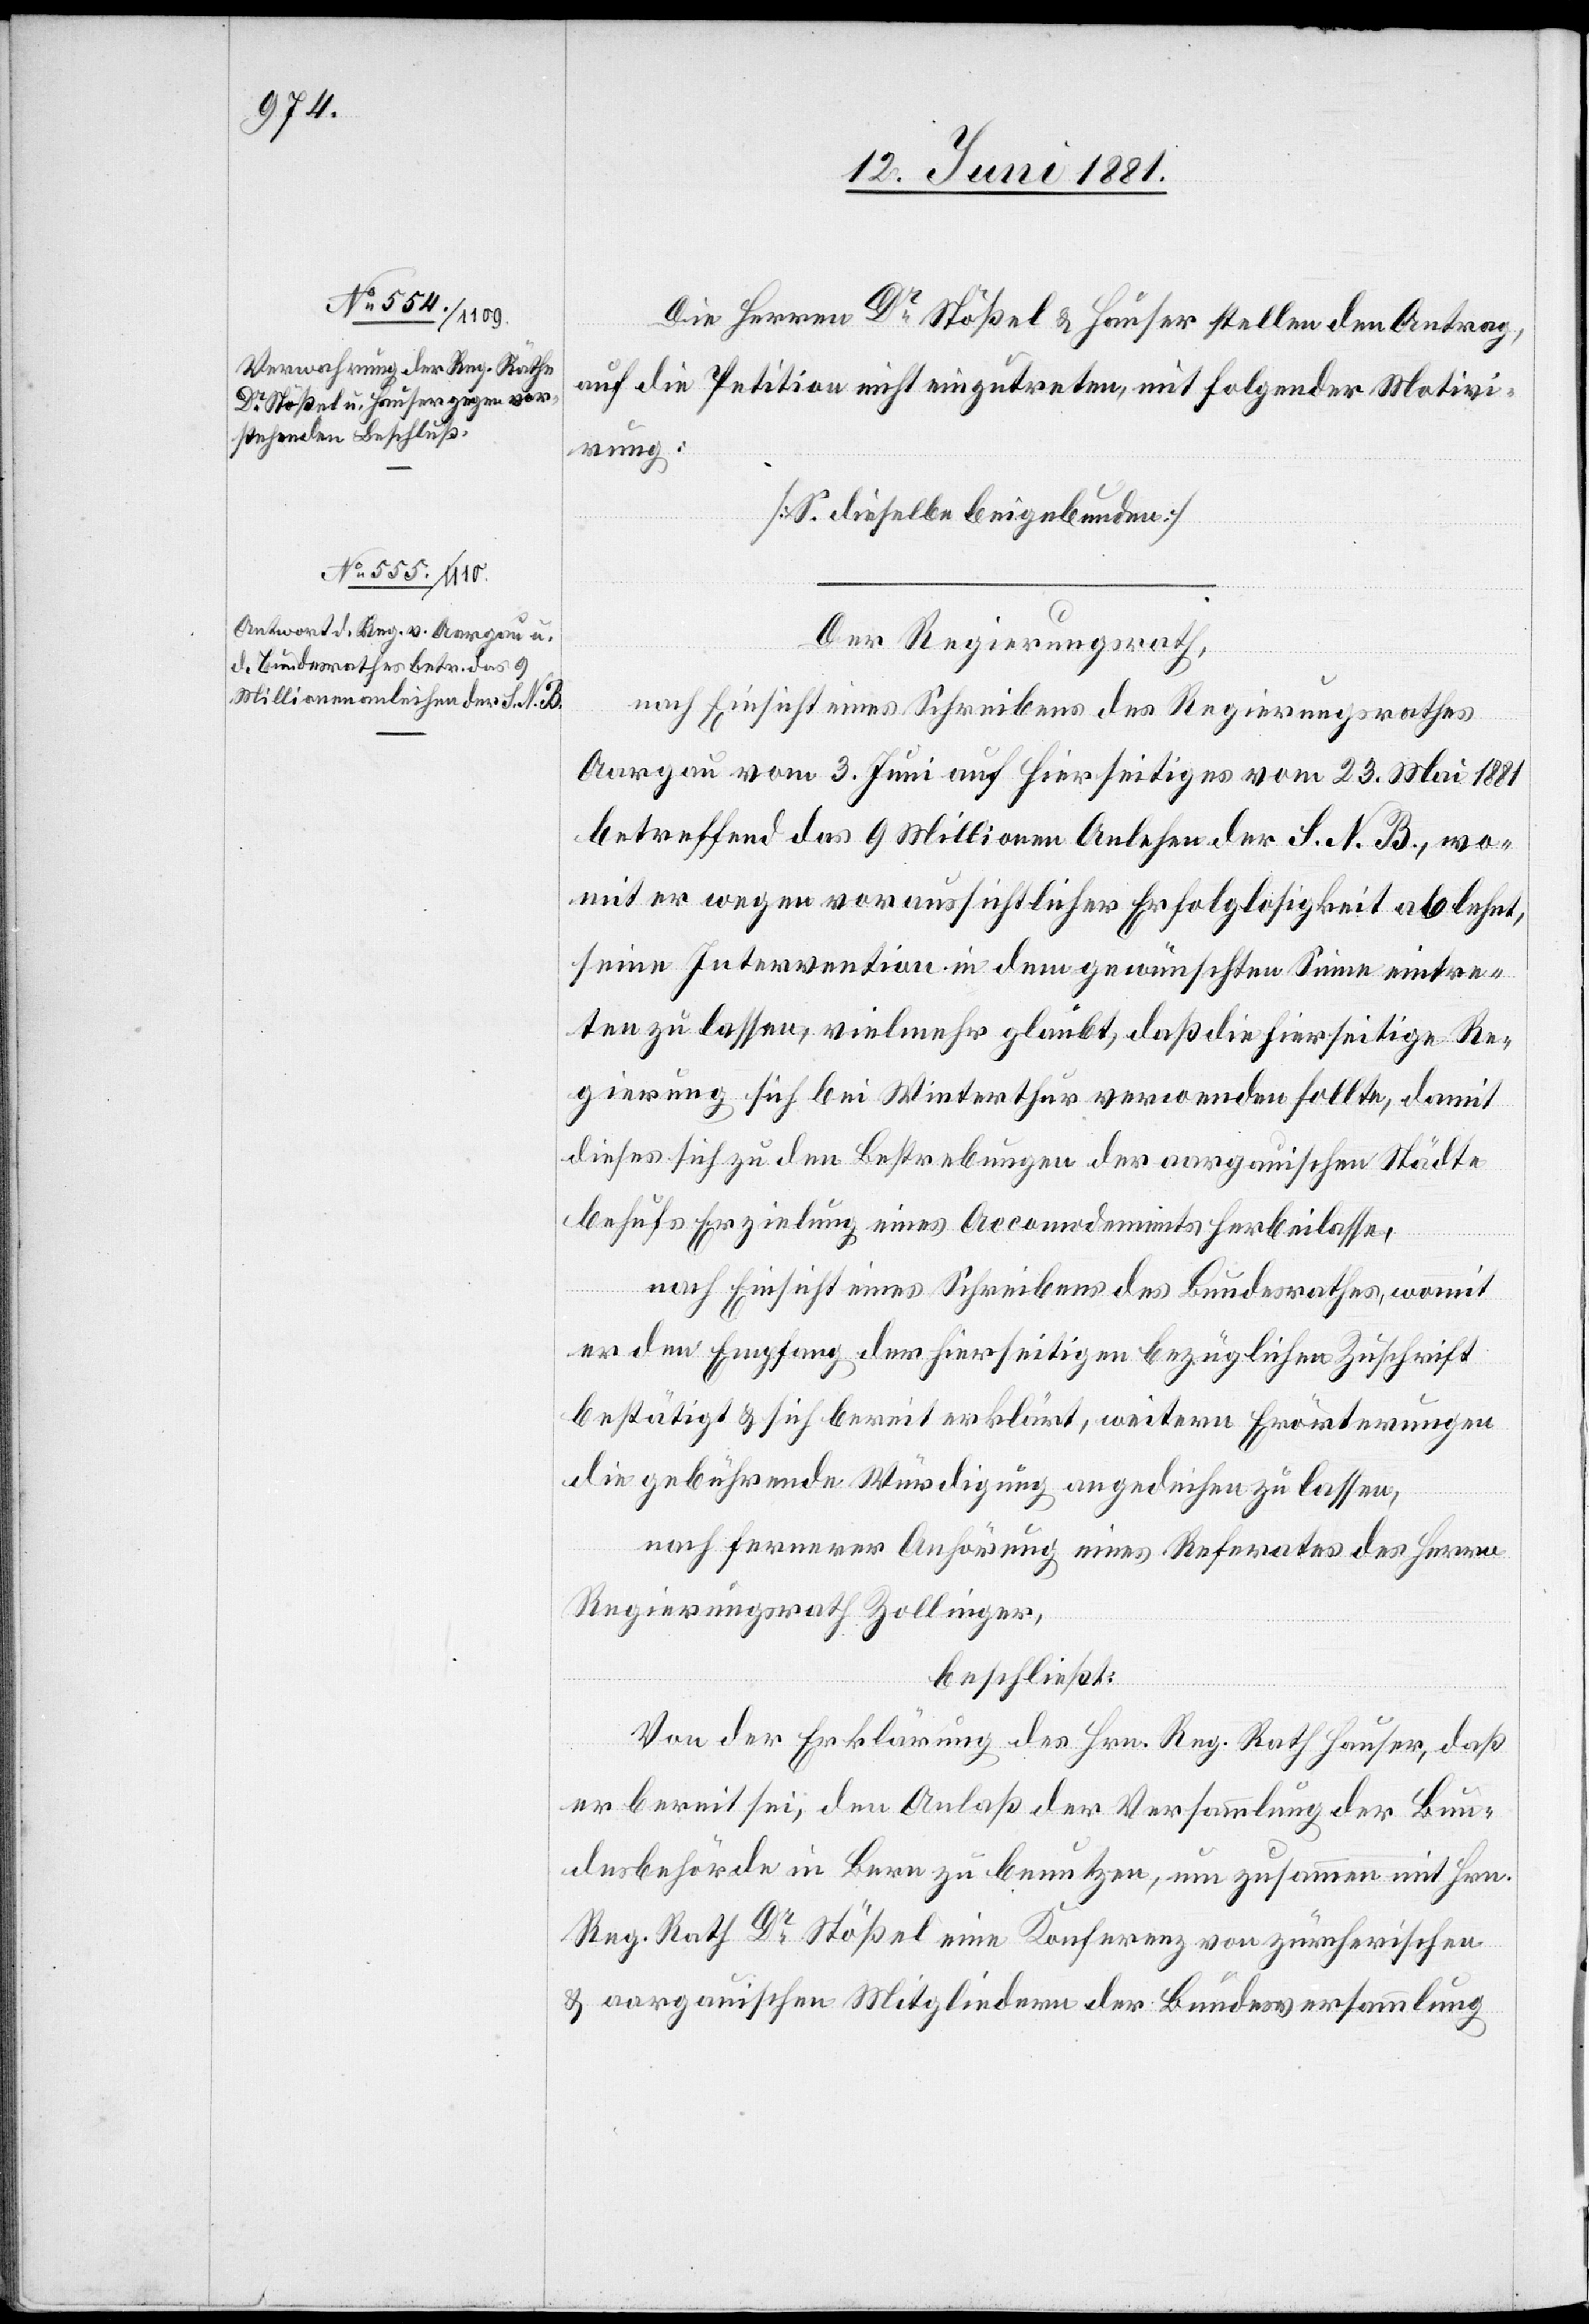
des Regierungsrathes
Aargau vom 3. Juni auf hierseitiges vom 23. Mai 1881
betreffend das 9 Millionen Anlehen der S. N. B., wo¬
mit er wegen voraussichtlicher Erfolglosigkeit ablehnt,
seine Intervention in dem gewünschten Sinne eintre¬
ten zu lassen, vielmehr glaubt, daß die hierseitige Re¬
gierung sich bei Winterthur verwenden sollte, damit
dieses sich zu den Bestrebungen der aargauischen Städte
behufs Erzielung eines Accomodements herbeilasse,
nach Einsicht eines Schreibens des Bundesrathes, womit
er den Empfang der hierseitigen bezüglichen Zuschrift
bestätigt & sich bereiterklärt, weitern Erörterungen
die gebührende Würdigung angedeihen zu lassen,
eibens
nach fernerer Anhörung eines Referates des Herrn
Regierungsrathes Zollinger,
beschließt:
Von der Erklärung des Hrn. Reg. Rath Hauser, daß
er bereit sei, den Anlaß der Versammlung der Bun¬
desbehörde in Bern zu benutzen, um zusammen mit Hrn.
Reg. Rath Dr Stößel eine Konferenz von zürcherischen
& aargauischen Mitgliedern der Bundesversammlung